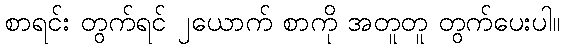
စာရင်း တွက်ရင် ၂ယောက် စာကို အတူတူ တွက်ပေးပါ။